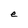
Character: e